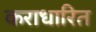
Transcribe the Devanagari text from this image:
कराधारित